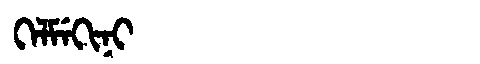
Manchu: ᡴᡝᠯᠮᡝᡴᡳᠨᡳ
Romanization: KELMEKINI